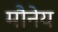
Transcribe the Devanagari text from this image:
मौनेय